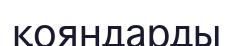
қояндарды